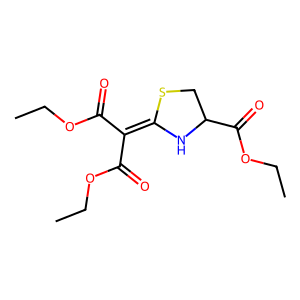
SMILES: CCOC(=O)C(C(=O)OCC)=C1NC(C(=O)OCC)CS1
Inhibits HIV replication: No